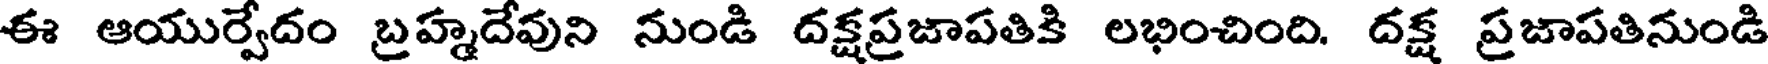
ఈ ఆయుర్వేదం బ్రహ్మదేవుని నుండి దక్షప్రజాపతికి లభించింది. దక్ష ప్రజాపతినుండి